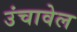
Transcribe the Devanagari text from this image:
उंचावेल